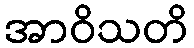
အာဝိသတိ